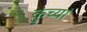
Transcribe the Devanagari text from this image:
कुंच्यां